Leningradi_Edasi_toimetus, lk 104
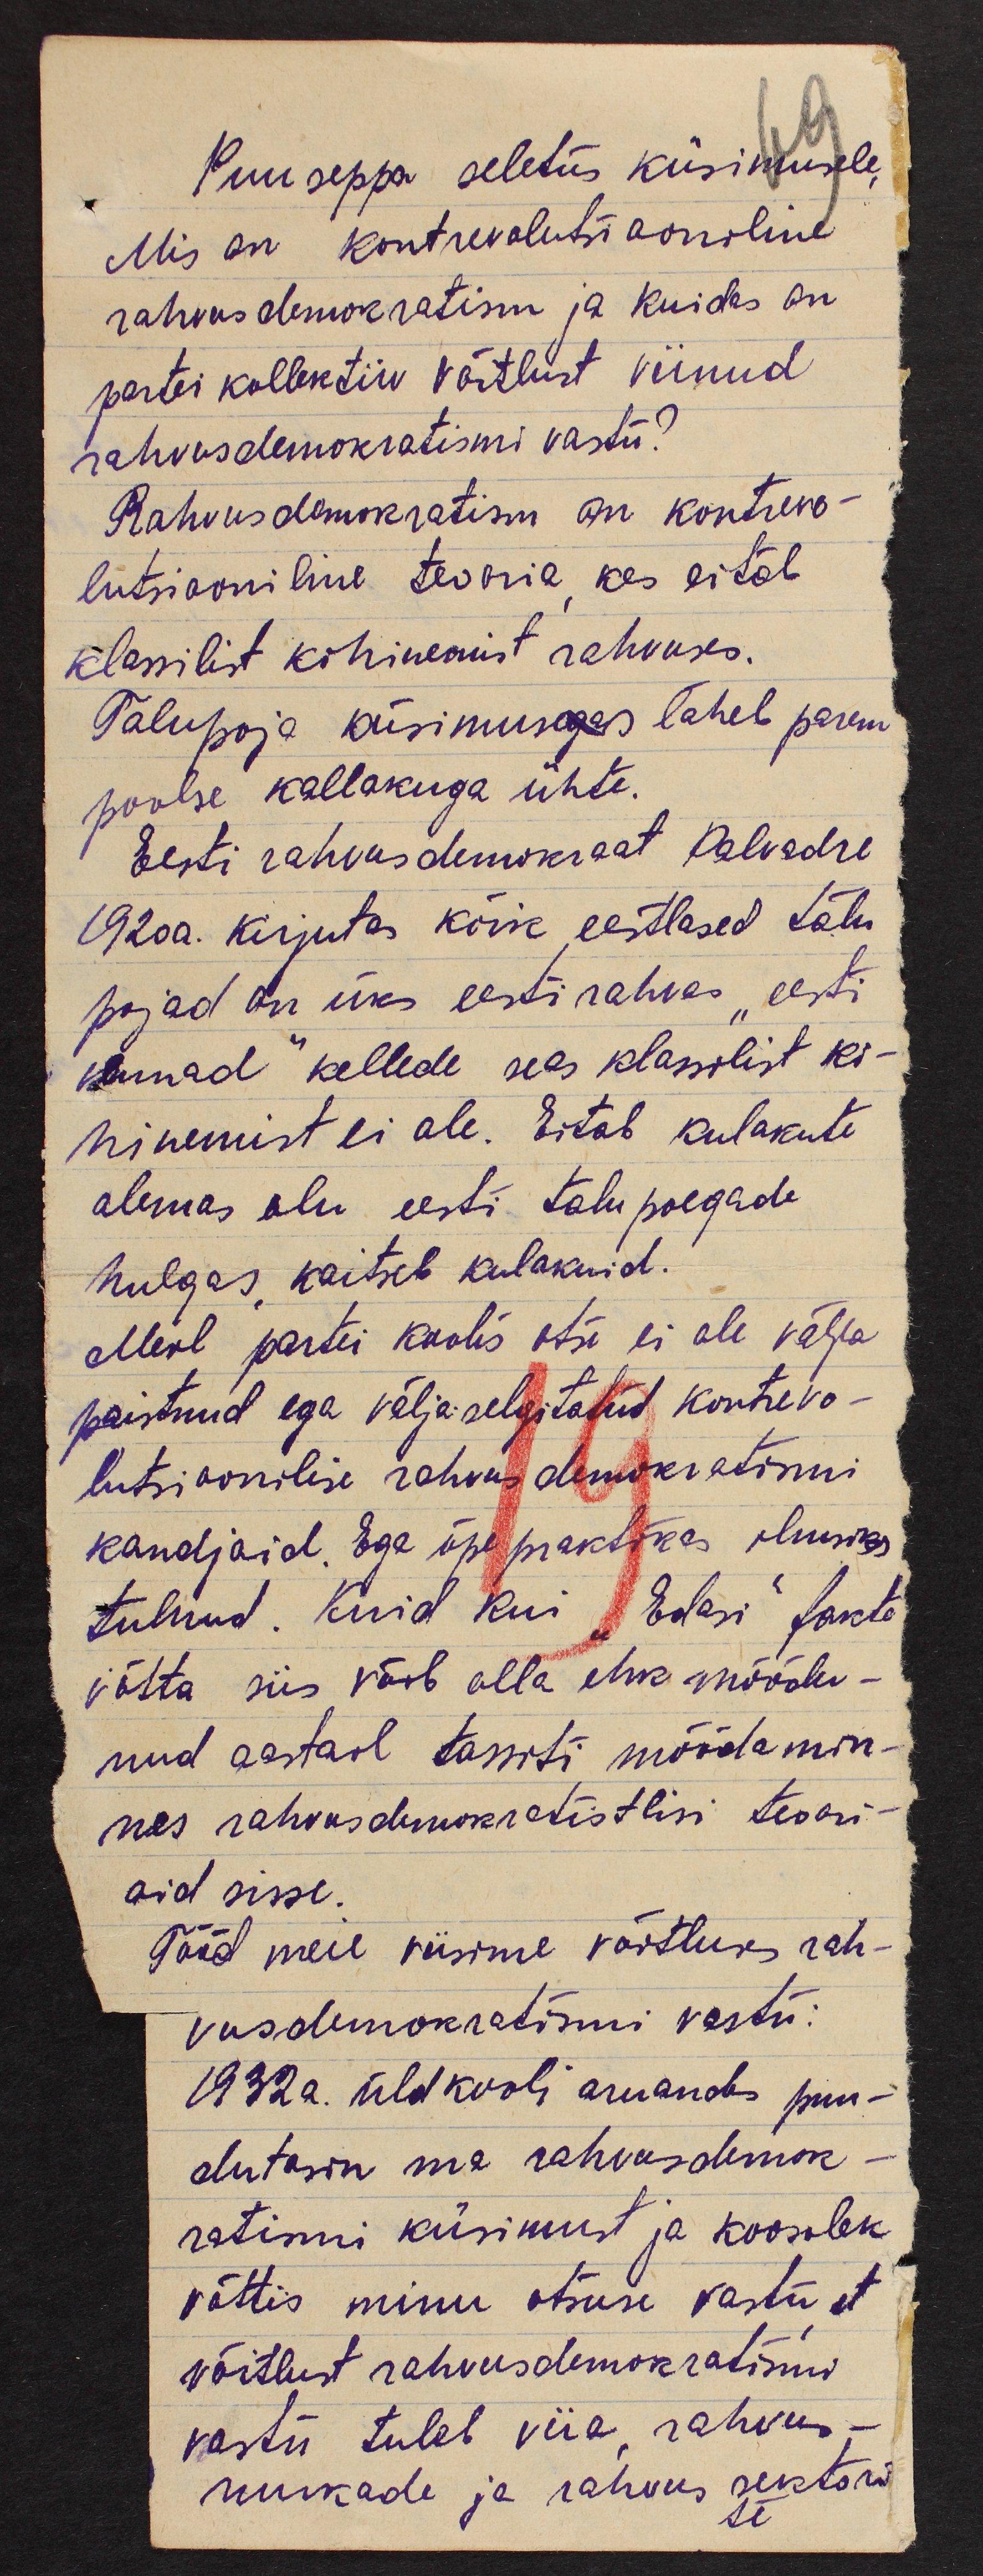
Puuseppa seletus küsimusele,
Mis on kontrevolutsiooniline
rahvusdemokratism ja kuidas on
partei kollektiiv võitlust viinud
rahvusdemokratismi vastu?
Rahvusdemokratism on kontrevo-
lutsiooniline teooria, kes eitab
klassilist kihinemist rahvuses.
Talupoja küsimusegas läheb parem
poolse kallakuga ühte.
Eesti rahvusdemokraat Palvadre
1920a. kirjutas kõik eestlased talu
pojad on üks eesti rahvas "eesti
vennad" kellede seas klassilist ki-
hinemist ei ole. Eitab kulakute
olemas olu eesti talupoegade
hulgas, kaitseb kulakuid.
Meil partei koolis otse ei ole välja
paistnud ega väljaselgitatud kontrevo-
lutsioonilise rahvusdemokratismi
kandjaid. Ega õpepraktikas ilmsiks
tulnud. Kuid kui "Edasi" fakte
võtta siis võib olla ehk möödu-
nud aastail tassiti möödamin-
nes rahvusdemokratistlisi teoori-
aid sisse.
Tööd meie viisime võitluses rah-
vusdemokratismi vastu:
1932a. üldkooli aruandes puu-
dutasin ma rahvusdemok-
ratismi küsimust ja koosolek
võttis minu otsuse vastu, et
võitlust rahvusdemokratismi
vastu tuleb viia, rahvus-
nurkade ja rahvus sektori
te